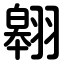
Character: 翱